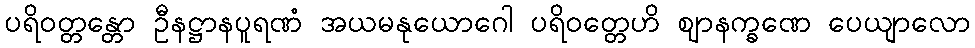
ပရိဝတ္တန္တော ဦနဋ္ဌာနပူရဏံ အယမနုယောဂေါ ပရိဝတ္တေဟိ ဈာနက္ခဏေ ပေယျာလော